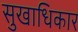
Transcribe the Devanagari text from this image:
सुखाधिकार